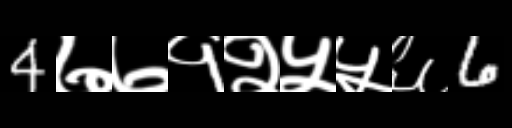
Text: 4७७१२५५६6